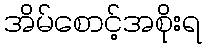
အိမ်စောင့်အစိုးရ